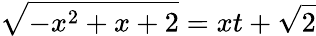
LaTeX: {\sqrt{-x^{2}+x+2}}=xt+{\sqrt{2}}